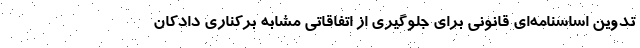
تدوین اساسنامه‌ای قانونی برای جلوگیری از اتفاقاتی مشابه برکناری دادکان